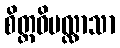
စိတ္တဝိပလ္လာသာ